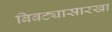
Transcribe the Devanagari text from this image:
बिबट्यासारखा